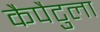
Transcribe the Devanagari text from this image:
कैपैटुला